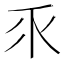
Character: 乑